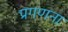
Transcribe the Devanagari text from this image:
प्रगणना